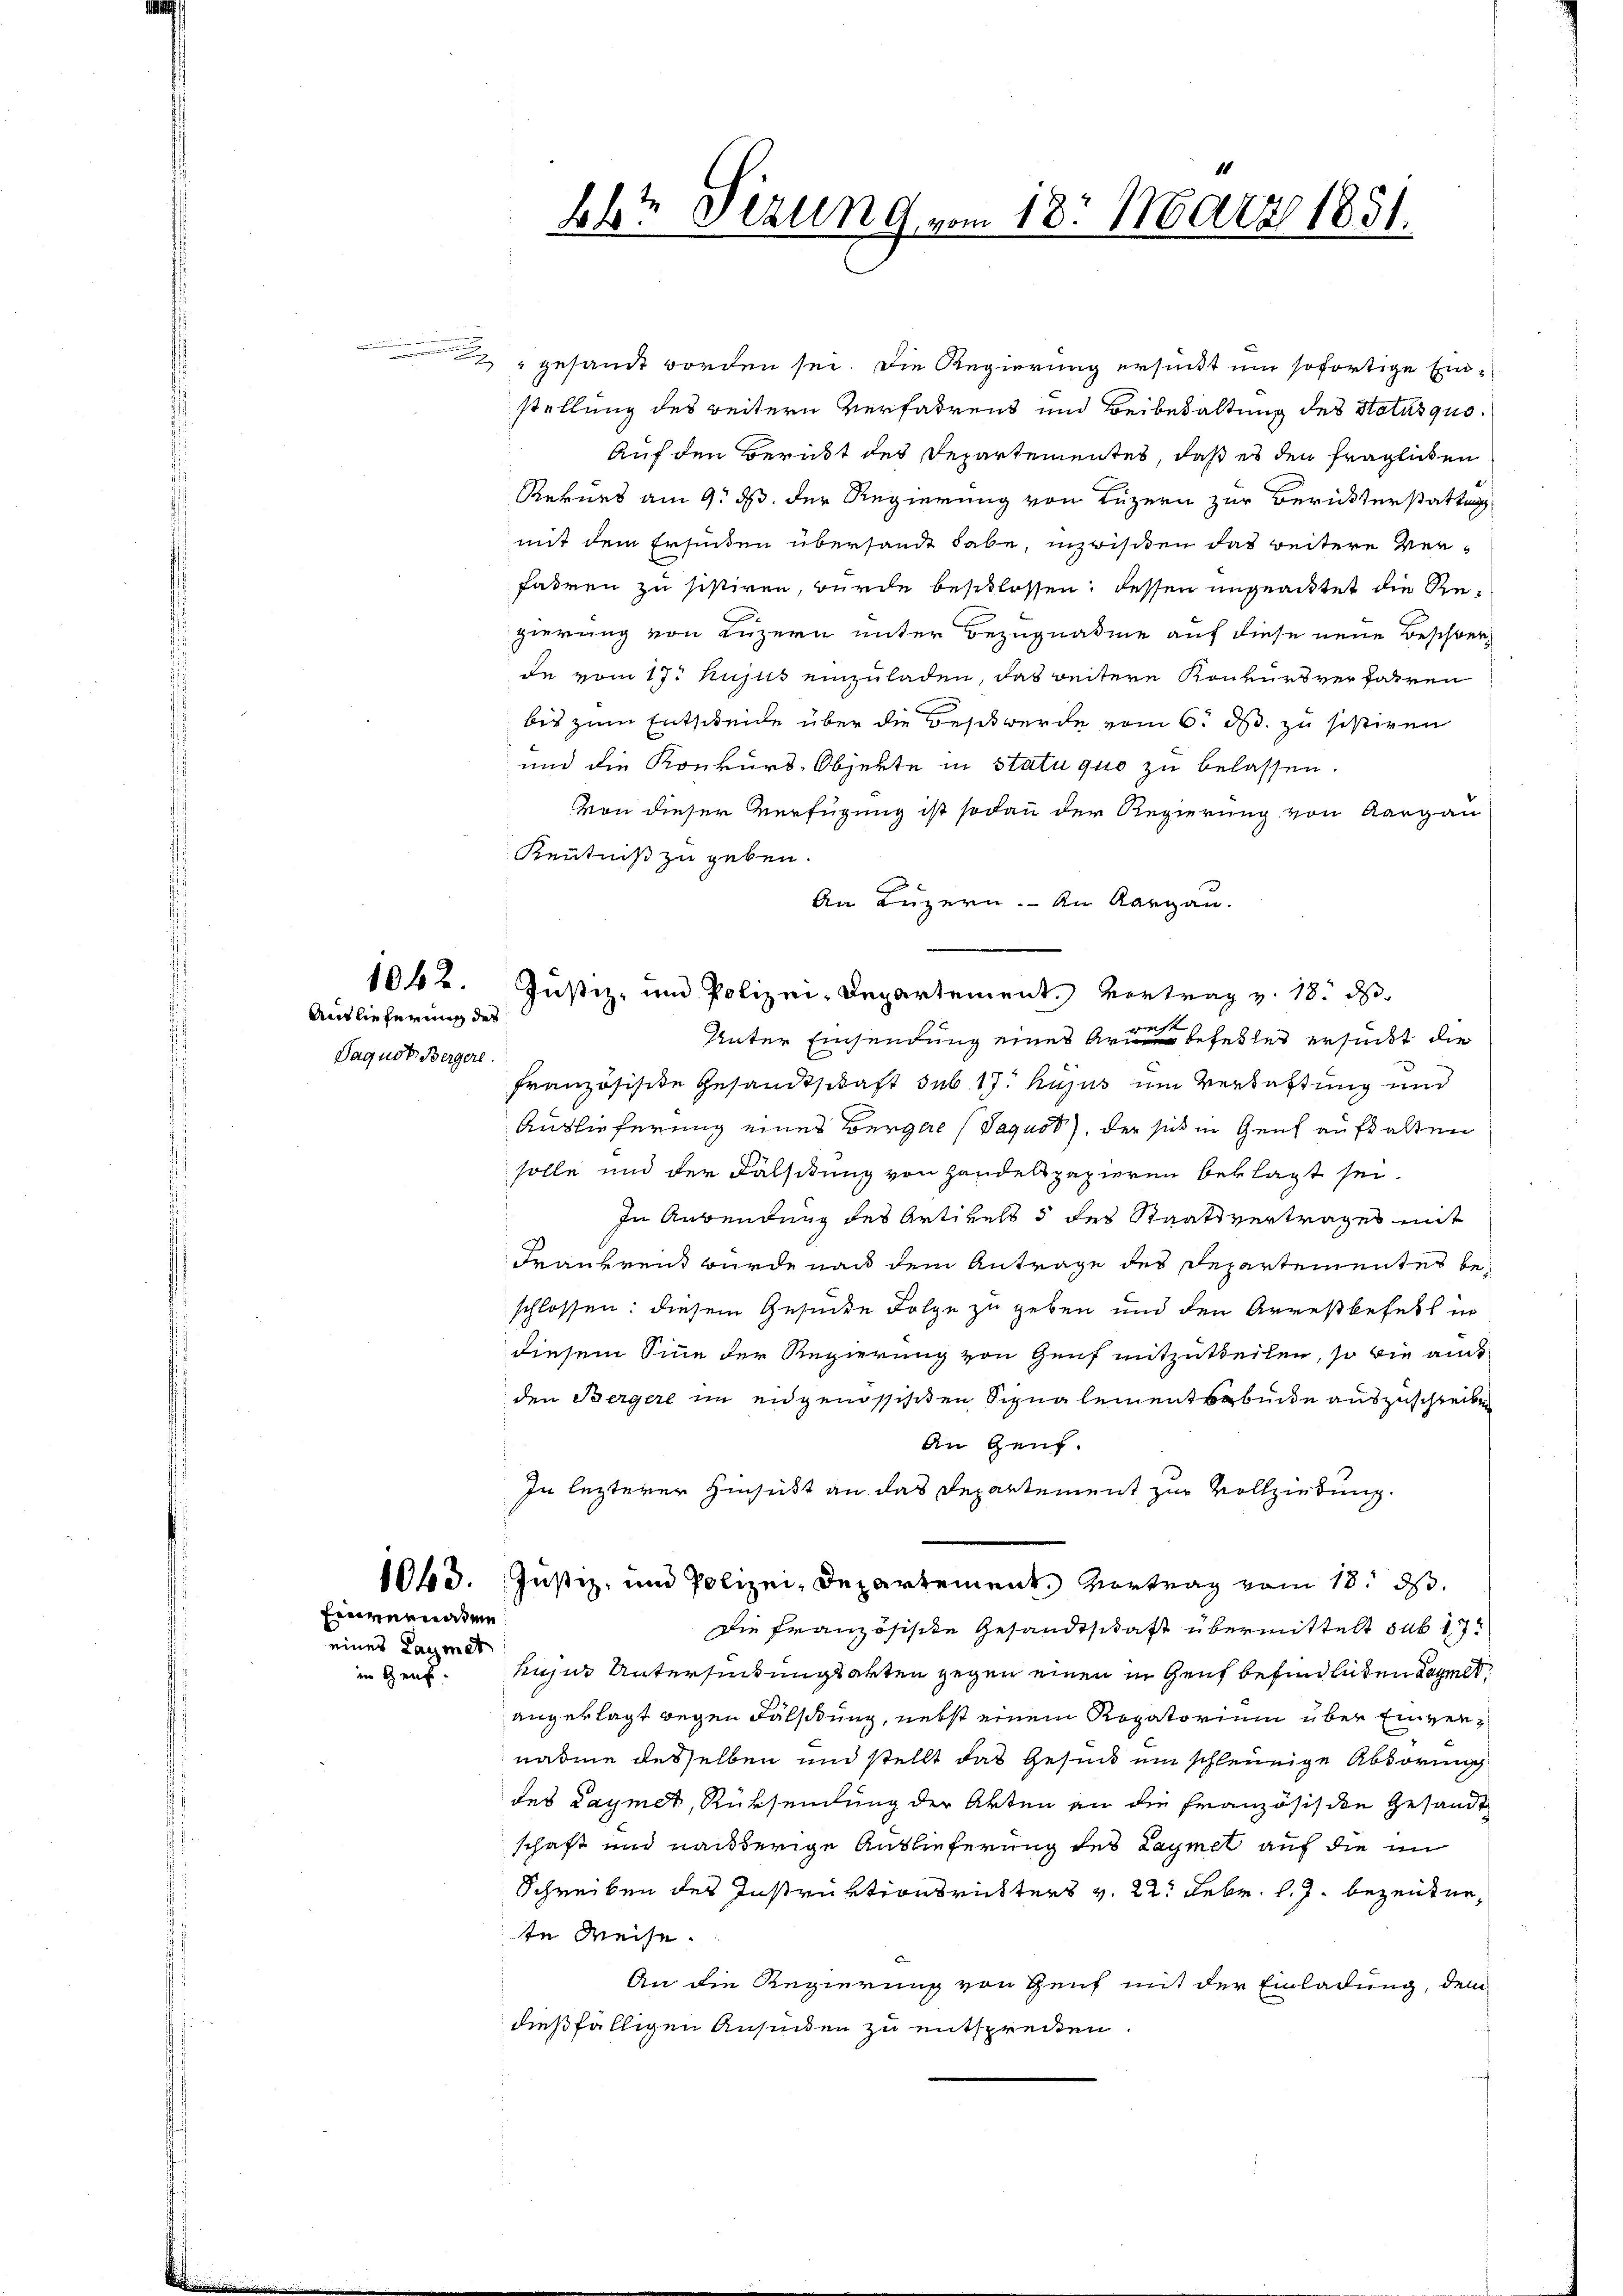
Auslieferung des
Saguot Bergerl.

Einvernaten
eines Lazonet
in Genf.

1062.

lbt sezung vom 18. März 1851.

gesandt worden sei. Die Regierung ersinkt um sofortige Einstellung des weitern Verfahrens und Beibehaltung des Notusquo¬
Auf den Berückt des Departementes, daß es den fraglichen
Rekurs am 9. ds. der Regierung von Luzern zur Berückterstattung
mit dem Ersunden übersandt habe, inzwischen das weitere Verfahren zu sistiren, wurde beschlossen, dessen ungeachtet die Zugierung von Luzern unter Bezugnahme auf diese neue Beschwerz
de vom 17. hujus einzuladen, das weitere Konkursverfahren
bis zum Entscheide über die Beschwerde vom 6. ds. zu sistiren
und die Konkurs-Objekte in Statu quo zu belassen.
Von dieser Verfügung ist sodann der Regierung von Aargau
Kenntniß zu geben.
An Luzern. An Aargau.
Justiz- und Polizei-Departement. Vortrag v. 18. d.
Unter Einsendung eines Art befettes ersucht die
Französisite Gesandtschaft sub 17. hujus um Verdachtung und
Auslieferung eines Berger (Jaqust), der sich in Genf aufhalten
solle und der Fälschung von Handelspapieren beklagt sei.
In Anwendung des Artikels 5 des Staatsvertrages mit
Frankrent wurde nach dem Antrage des Departementes beschlossen: diesem Gesunde Folge zu geben und den Arrestbefehl in
diesem Sinne der Regierung von Genf mitzutheilen, so die aus
den Bergere im eidgenössisten Signalementbunde auszuschreiben
An Genf.
In lezterer Hinsicht an das Departement zur Vollziehung.
1043. Justiz, und Polizei- Departement. Vortrag vom 18. ds.
Die Französische Gesandtschaft übermittelt sub 17
kuzur Untersuchungsakten gegen einen in Genf befindlichen Kopielt,
angeklagt wegen Fälstung, nebst einem Rogatorium über Einvernahme desselben und stellt das Gesuch ein schleunige Abhörung
des Laymet, Rücksendung der Akten an die Französische Gesandt
schaft und nachherige Auslieferung des Laymet auf die in
Schreiben des Instruktionsrichters v. 22. Febr. l. J. bezeiter,
te Weise.
An die Regierung von Genf mit der Einladung, dem
dießfälligen Ansinden zu entsprecken